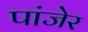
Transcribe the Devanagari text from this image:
पांजेर